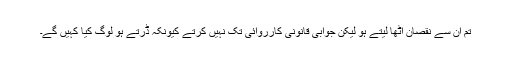
تم ان سے نقصان اٹھا لیتے ہو لیکن جوابی قانونی کارروائی تک نہیں کرتے کیونکہ ڈرتے ہو لوگ کیا کہیں گے۔